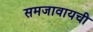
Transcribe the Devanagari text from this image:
समजावायची